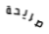
صريحة